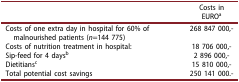
<table><thead><tr><td><b> </b></td><td><b>Costs in EURO<sup>a</sup></b></td></tr></thead><tbody><tr><td>Costs of one extra day in hospital for 60% of malnourished patients (<i>n</i>=144 775)</td><td>268 847 000,-</td></tr><tr><td>Costs of nutrition treatment in hospital:</td><td>18 706 000,-</td></tr><tr><td>Sip-feed for 4 days<sup>b</sup></td><td>2 896 000,-</td></tr><tr><td>Dietitians<sup>c</sup></td><td>15 810 000,-</td></tr><tr><td>Total potential cost savings</td><td>250 141 000.-</td></tr></tbody></table>